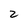
Character: 2